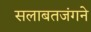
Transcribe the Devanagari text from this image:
सलाबतजंगने